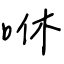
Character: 咻